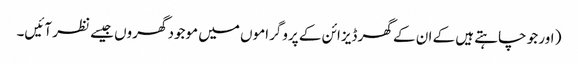
( اور جو چاہتے ہیں کے ان کے گھر ڈیزائن کے پروگراموں میں موجود گھروں جیسے نظر آئیں۔